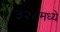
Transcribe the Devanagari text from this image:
३२८मध्ये